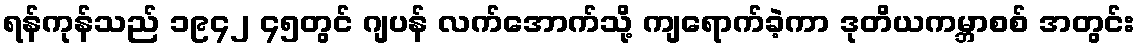
ရန်ကုန်သည် ၁၉၄၂ ၄၅တွင် ဂျပန် လက်အောက်သို့ ကျရောက်ခဲ့ကာ ဒုတိယကမ္ဘာစစ် အတွင်း